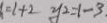
= 1 + 2 y _ { 2 } = 1 - 3 .